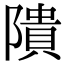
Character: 隤